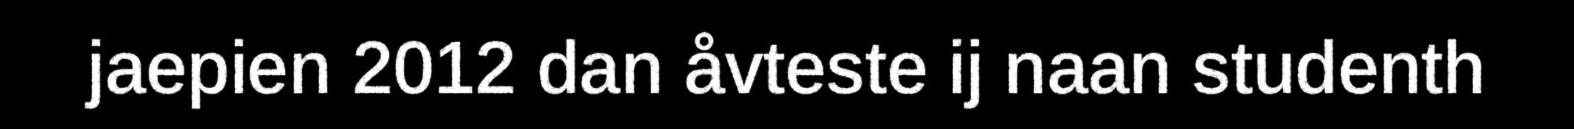
jaepien 2012 dan åvteste ij naan studenth